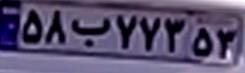
۵۸ب۷۷۳۵۳